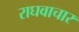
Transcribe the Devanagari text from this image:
राघवाचार